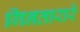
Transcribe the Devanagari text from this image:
गिनतारारे